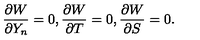
\frac { \partial W } { \partial Y _ { n } } = 0 , \frac { \partial W } { \partial T } = 0 , \frac { \partial W } { \partial S } = 0 .